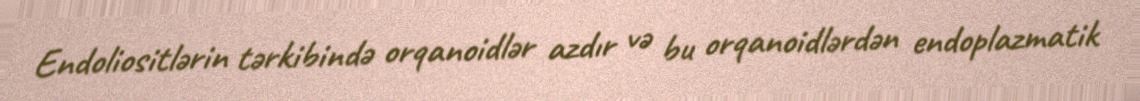
Endoliositlərin tərkibində orqanoidlər azdır və bu orqanoidlərdən endoplazmatik